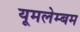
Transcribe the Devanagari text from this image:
यूमलेम्बम